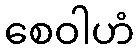
စေဝါဟံ